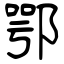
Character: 鄂